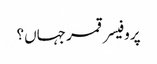
پروفیسر قمر جہاں؟